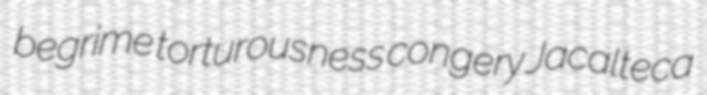
begrime torturousness congery Jacalteca